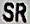
SR